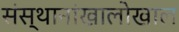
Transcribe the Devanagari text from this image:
संस्थानांखालोखाल